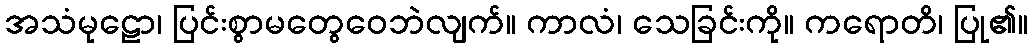
အသံမုဠော၊ ပြင်းစွာမတွေဝေဘဲလျက်။ ကာလံ၊ သေခြင်းကို။ ကရောတိ၊ ပြု၏။